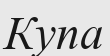
Купа